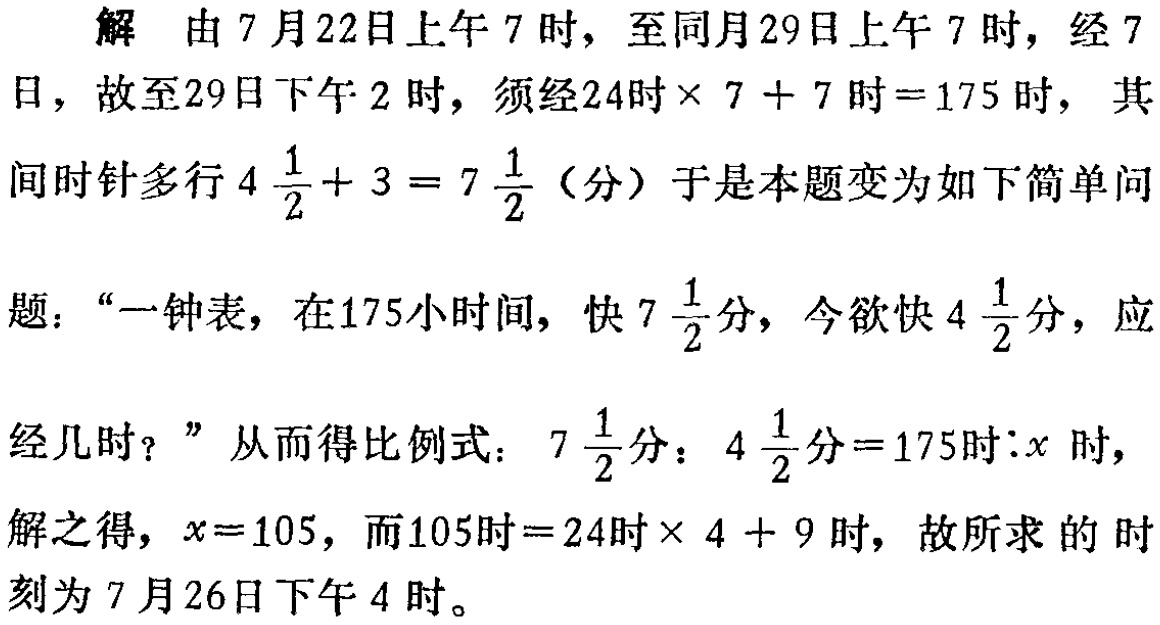
解 由 7 月 22 日上午 7 时，至同月 29 日上午 7 时，经 7 日，故至 29 日下午 2 时，须经\(24\)时\(\times 7 + 7\)时\( = 175\)时，其间时针多行\(4\frac{1}{2} + 3 = 7\frac{1}{2}\)（分）于是本题变为如下简单问题：“一钟表，在\(175\)小时间，快\(7\frac{1}{2}\)分，今欲快\(4\frac{1}{2}\)分，应经几时？”从而得比例式：\(7\frac{1}{2}\)分：\(4\frac{1}{2}\)分\( = 175\)时\(:x\)时，解之得，\(x = 105\)，而\(105\)时\( = 24\)时\(\times 4 + 9\)时，故所求的时刻为 7 月 26 日下午 4 时。